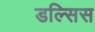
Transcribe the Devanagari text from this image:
डल्सिस